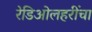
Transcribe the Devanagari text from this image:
रेडिओलहरींचा